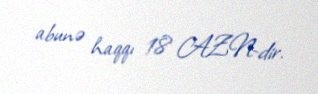
abunə haqqı 18 AZN-dir.